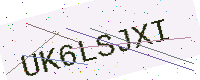
Text: UK6LSJXI